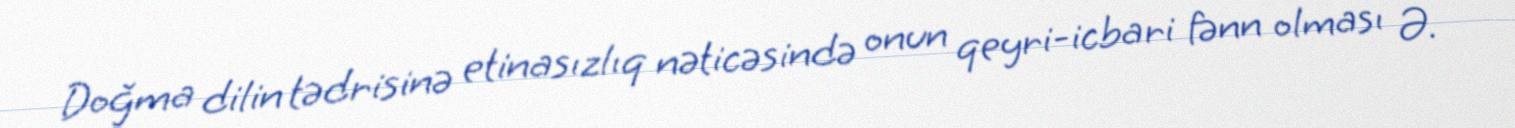
Doğma dilin tədrisinə etinasızlıq nəticəsində onun qeyri-icbari fənn olması Ə.